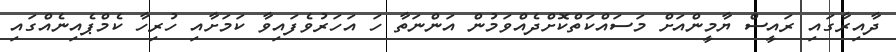
ދާއިރާގައި ރައީސް ޔާމީންއަށް މަސައްކަތްކޮށްދެއްވަމުން އަންނަތާ ހަ އަހަރުވެފައިވާ ކަމަށާއި ހުރިހާ ކެމްޕެއިނެއްގައި